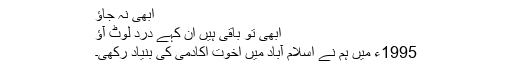
ابھی نہ جاﺅ
ابھی تو باقی ہیں ان کہے درد لوٹ آﺅ
1995ء میں ہم نے اسلام آباد میں اخوت اکادمی کی بنیاد رکھی۔